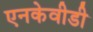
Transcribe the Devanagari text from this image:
एनकेवीडी